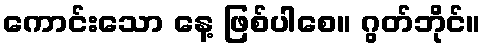
ကောင်းသော နေ့ ဖြစ်ပါစေ။ ဂွတ်ဘိုင်။